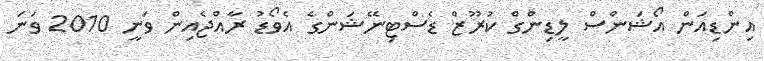
އިންޑިއަން އޯޝަންސް ލީޑިންގް ކުރޫޒް ޑެސްޓިނޭޝަންގެ އެވޯޑު ރާއްޖެއިން ވަނީ 2010 ވަނަ